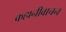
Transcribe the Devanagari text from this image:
कहानीवाचन